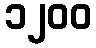
၁၂၀၀